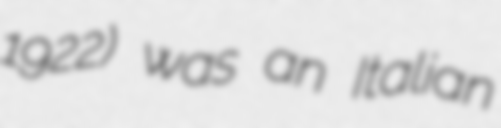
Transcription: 1922) was an Italian